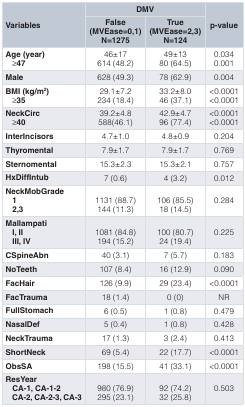
<table><thead><tr><td rowspan="2"><b>Variables</b></td><td colspan="2"><b>DMV</b></td><td rowspan="2"><b>p-value</b></td></tr><tr><td><b>False(MVEase=0,1)N=1275</b></td><td><b>True(MVEase=2,3)N=124</b></td></tr></thead><tbody><tr><td><b>Age (year)</b><b>≥47</b></td><td>46±17614 (48.2)</td><td>49±1380 (64.5)</td><td>0.0340.001</td></tr><tr><td><b>Male</b></td><td>628 (49.3)</td><td>78 (62.9)</td><td>0.004</td></tr><tr><td><b>BMI (kg/m<sup>2</sup>)</b><b>≥35</b></td><td>29.1±7.2234 (18.4)</td><td>33.2±8.046 (37.1)</td><td>&lt;0.0001&lt;0.0001</td></tr><tr><td><b>NeckCirc</b><b>≥40</b></td><td>39.2±4.8588(46.1)</td><td>42.9±4.796 (77.4)</td><td>&lt;0.0001&lt;0.0001</td></tr><tr><td><b>InterIncisors</b></td><td>4.7±1.0</td><td>4.8±0.9</td><td>0.204</td></tr><tr><td><b>Thyromental</b></td><td>7.9±1.7</td><td>7.9±1.7</td><td>0.769</td></tr><tr><td><b>Sternomental</b></td><td>15.3±2.3</td><td>15.3±2.1</td><td>0.757</td></tr><tr><td><b>HxDiffIntub</b></td><td>7 (0.6)</td><td>4 (3.2)</td><td>0.012</td></tr><tr><td><b>NeckMobGrade</b><b>1</b><b>2,3</b></td><td>1131 (88.7)144 (11.3)</td><td>106 (85.5)18 (14.5)</td><td>0.284</td></tr><tr><td><b>Mallampati</b><b>I, II</b><b>III, IV</b></td><td>1081 (84.8)194 (15.2)</td><td>100 (80.7)24 (19.4)</td><td>0.225</td></tr><tr><td><b>CSpineAbn</b></td><td>40 (3.1)</td><td>7 (5.7)</td><td>0.183</td></tr><tr><td><b>NoTeeth</b></td><td>107 (8.4)</td><td>16 (12.9)</td><td>0.090</td></tr><tr><td><b>FacHair</b></td><td>126 (9.9)</td><td>29 (23.4)</td><td>&lt;0.0001</td></tr><tr><td><b>FacTrauma</b></td><td>18 (1.4)</td><td>0 (0)</td><td>NR</td></tr><tr><td><b>FullStomach</b></td><td>6 (0.5)</td><td>1 (0.8)</td><td>0.479</td></tr><tr><td><b>NasalDef</b></td><td>5 (0.4)</td><td>1 (0.8)</td><td>0.428</td></tr><tr><td><b>NeckTrauma</b></td><td>17 (1.3)</td><td>3 (2.4)</td><td>0.413</td></tr><tr><td><b>ShortNeck</b></td><td>69 (5.4)</td><td>22 (17.7)</td><td>&lt;0.0001</td></tr><tr><td><b>ObsSA</b></td><td>198 (15.5)</td><td>41 (33.1)</td><td>&lt;0.0001</td></tr><tr><td><b>ResYear</b><b>CA-1, CA-1-2</b><b>CA-2, CA-2-3, CA-3</b></td><td>980 (76.9)295 (23.1)</td><td>92 (74.2)32 (25.8)</td><td>0.503</td></tr></tbody></table>